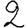
Digit: 2